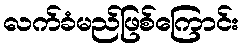
လက်ခံမည်ဖြစ်ကြောင်း